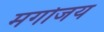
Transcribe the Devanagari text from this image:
मगोजय